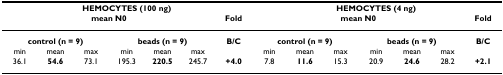
<table><thead><tr><td colspan="7"><b>HEMOCYTES (100 ng)</b></td><td colspan="7"><b>HEMOCYTES (4 ng)</b></td></tr><tr><td colspan="6"><b>mean N0</b></td><td><b>Fold</b></td><td colspan="6"><b>mean N0</b></td><td><b>Fold</b></td></tr></thead><tbody><tr><td colspan="3"><b>control (n = 9)</b></td><td colspan="3"><b>beads (n = 9)</b></td><td><b>B/C</b></td><td colspan="3"><b>control (n = 9)</b></td><td colspan="3"><b>beads (n = 9)</b></td><td><b>B/C</b></td></tr><tr><td>min</td><td>mean</td><td>max</td><td>min</td><td>mean</td><td>max</td><td></td><td>min</td><td>mean</td><td>max</td><td>min</td><td>mean</td><td>max</td><td></td></tr><tr><td>36.1</td><td><b>54.6</b></td><td>73.1</td><td>195.3</td><td><b>220.5</b></td><td>245.7</td><td><b>+4.0</b></td><td>7.8</td><td><b>11.6</b></td><td>15.3</td><td>20.9</td><td><b>24.6</b></td><td>28.2</td><td><b>+2.1</b></td></tr></tbody></table>